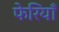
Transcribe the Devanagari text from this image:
फेरियाँ